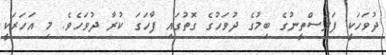
ދުވަހަކީ ފަލަސްތީނުގެ ބިމުގެ ދުވަހުގެ ގޮތުގައި ފާހަގަ ކުުރާ ދުވަހެވެ. މި އަހަރަކީ